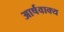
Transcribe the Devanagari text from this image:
आर्षवाक्य